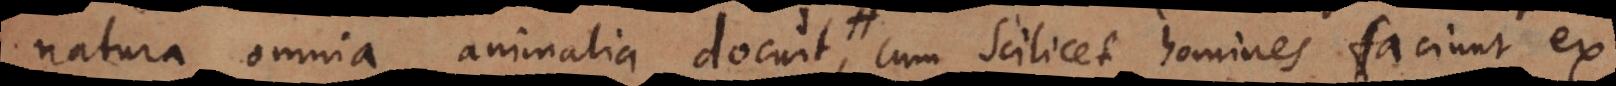
natura omnia animalia docuit, cum scilicet homines faciunt ex